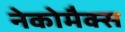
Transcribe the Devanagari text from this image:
नेकोमैक्स